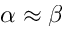
\alpha \approx \beta